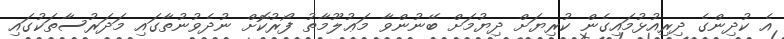
އެ ކުދިންގެ ދިރިއުޅުމައިގެން ކުރިޔަށް ދިޔުމަށް ބޭނުންވާ މަޢުލޫމާތު ފޯރުކޮށް ނުދެވުނުތާގައި މަދަރުސާތަކުގައި